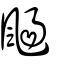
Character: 颺